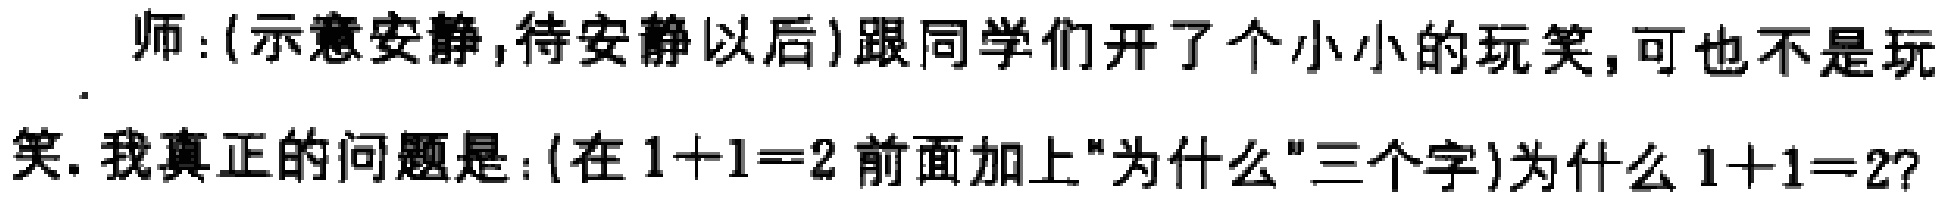
师:(示意安静,待安静以后)跟同学们开了个小小的玩笑,可也不是玩笑.我真正的问题是:(在\(1 + 1 = 2\)前面加上"为什么"三个字)为什么\(1 + 1 = 2\)?